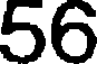
56